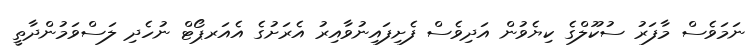
ނަމަވެސް މާފަރު ސުކޫލްގެ ކިޔެވުން އަދިވެސް ފެށިފައިނުވާއިރު އެރަށުގެ އެއަރޕޯޓް ނުހެދި ލަސްވަމުންދާތީ